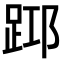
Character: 𨀯